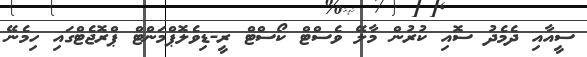
ސީއާއި ދެމެދު ސޮއި ކުރުން މާލޭ ވެސްޓް ކޯސްޓް ރީ-ޑިވެލޮޕްމަންޓް ޕްރޮޖެޓްގައި ހިމެނޭ